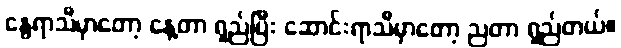
နွေရာသီမှာတော့ နေ့တာ ရှည်ပြီး ဆောင်းရာသီမှာတော့ ညတာ ရှည်တယ်။